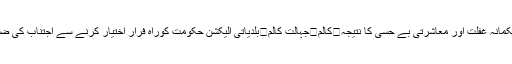
کالم	پوٹھوار کا نامور شعر خواں چوہدری اکرم گجر/ ناصر بشیر راجہ کالم	نوبیاہتا جوڑا کی موت ‘محکمانہ غفلت اور معاشرتی بے حسی کا نتیجہ	کالم	جہالت کالم	بلدیاتی الیکشن حکومت کوراہِ فرار اختیار کرنے سے اجتناب کی ضرورت	کالم	ن یوتھ ونگ کلر سیداں کا قیام /چوہدری اشفاق	کالم	دہشت گردوں کے سہولت کار کون؟